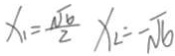
x _ { 1 } = \frac { \sqrt { 6 } } { 2 } x _ { 2 } = - \sqrt { 6 }